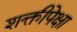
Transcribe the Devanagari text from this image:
शक्तीपेक्षा